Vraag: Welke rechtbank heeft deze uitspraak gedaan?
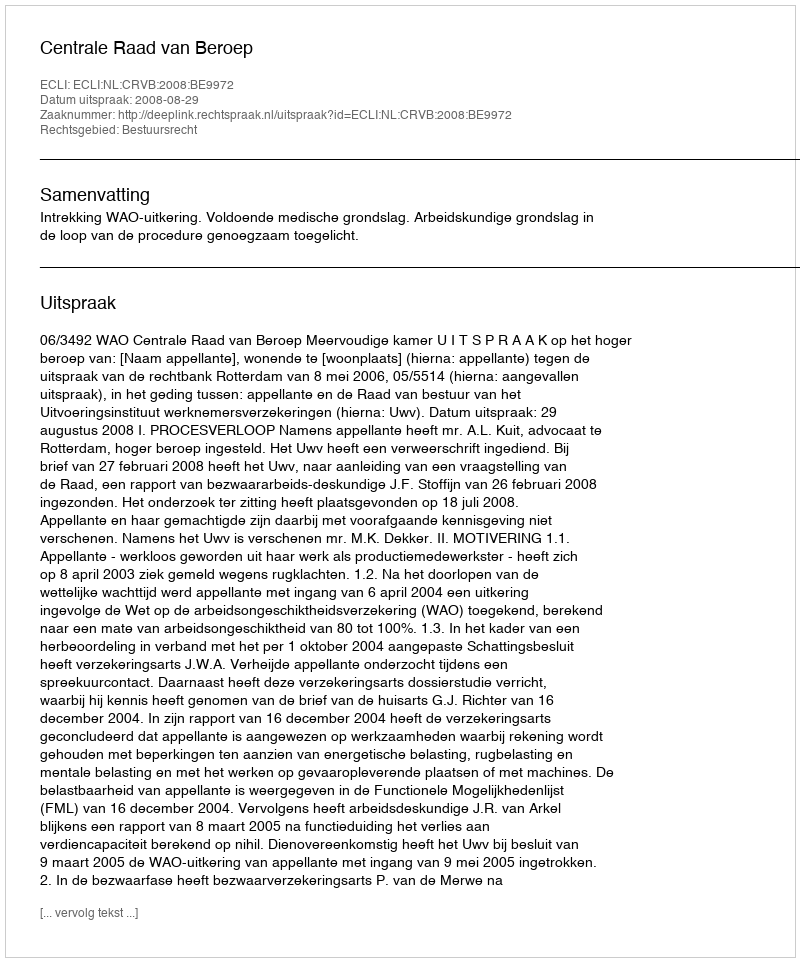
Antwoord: Centrale Raad van Beroep